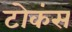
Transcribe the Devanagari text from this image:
टोकंस